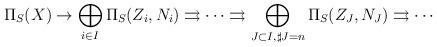
LaTeX: \begin{align*}\Pi_S(X) \rightarrow \bigoplus_{i \in I} \Pi_S(Z_i,N_i)\rightrightarrows \cdots \rightrightarrows \bigoplus_{J \subset I, \sharp J=n} \Pi_S(Z_J,N_J) \rightrightarrows \cdots\end{align*}